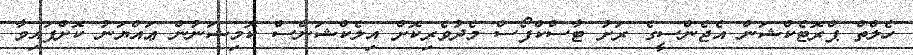
ހެލްތް ޕްރޮޓެކްޝަން އެޖެންސީގެ ރަށު ޓާސްކްފޯސް މެދުވެރިކޮށް އިލެކްޝަންސް ކޮމިޝަނުން ޢައްޔަނު ކޮށްފައިވާ